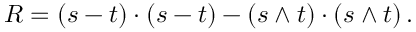
R = ( s - t ) \cdot ( s - t ) - ( s \wedge t ) \cdot ( s \wedge t ) \, .